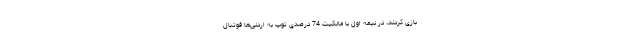
بازی کردند، در نیمه اول با مالکیت 74 درصدی توپ به اردنی‌ها فوتبال